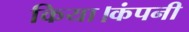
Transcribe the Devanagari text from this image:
किया।कंपनी